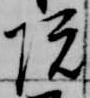
院